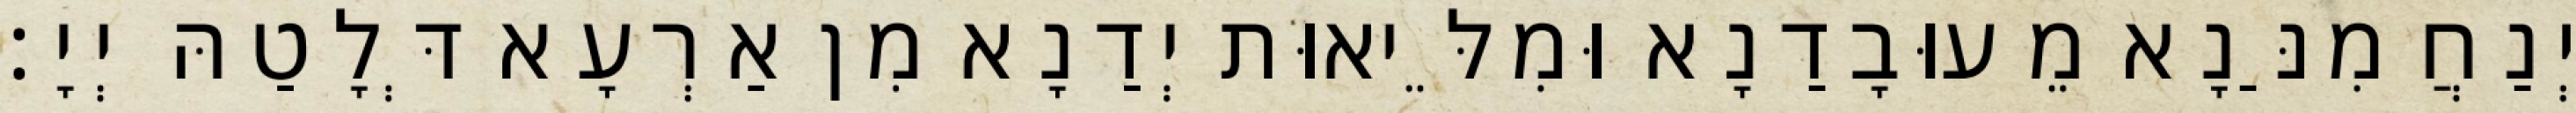
יְנַחֲמִנַּנָא מֵעוּבָדַנָא וּמִלֵּיאוּת יְדַנָא מִן אַרְעָא דְּלָטַהּ יְיָ׃